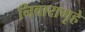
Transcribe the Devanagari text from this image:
निवारागृहे